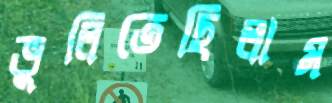
ভুলিতেছিলাম